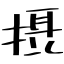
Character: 摂